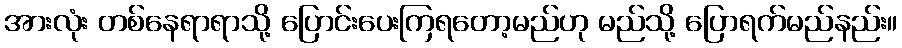
အားလုံး တစ်နေရာရာသို့ ပြောင်းပေးကြရတော့မည်ဟု မည်သို့ ပြောရက်မည်နည်း။